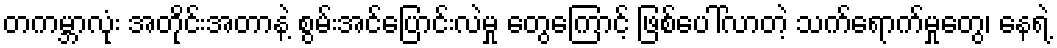
တကမ္ဘာလုံး အတိုင်းအတာနဲ့ စွမ်းအင်ပြောင်းလဲမှု တွေကြောင့် ဖြစ်ပေါ်လာတဲ့ သက်ရောက်မှုတွေ၊ နေရဲ့